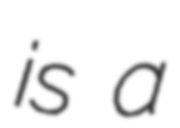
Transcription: is a